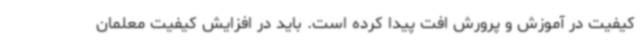
کیفیت در آموزش و پرورش افت پیدا کرده است. باید در افزایش کیفیت معلمان